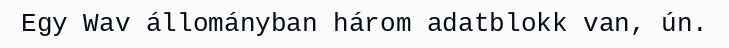
Egy Wav állományban három adatblokk van, ún.